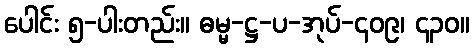
ပေါင်း ၅-ပါးတည်း။ ဓမ္မ-ဋ္ဌ-ပ-အုပ်-၄၀၉၊ ၄၃၀။